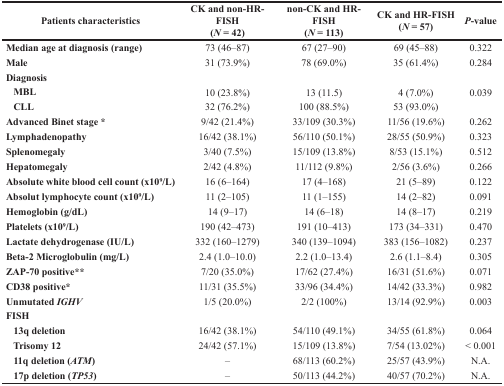
<table><thead><tr><td><b>Patients characteristics</b></td><td><b>CK and non-HR-FISH (<i>N</i> = 42)</b></td><td><b>non-CK and HR-FISH (<i>N</i> = 113)</b></td><td><b>CK and HR-FISH (<i>N</i> = 57)</b></td><td><b><i>P</i>-value</b></td></tr></thead><tbody><tr><td><b>Median age at diagnosis (range)</b></td><td>73 (46–87)</td><td>67 (27–90)</td><td>69 (45–88)</td><td>0.322</td></tr><tr><td><b>Male</b></td><td>31 (73.9%)</td><td>78 (69.0%)</td><td>35 (61.4%)</td><td>0.284</td></tr><tr><td><b>Diagnosis</b></td><td></td><td></td><td></td><td></td></tr><tr><td><b> MBL</b></td><td>10 (23.8%)</td><td>13 (11.5)</td><td>4 (7.0%)</td><td>0.039</td></tr><tr><td><b> CLL</b></td><td>32 (76.2%)</td><td>100 (88.5%)</td><td>53 (93.0%)</td><td></td></tr><tr><td><b>Advanced Binet stage</b> *</td><td>9/42 (21.4%)</td><td>33/109 (30.3%)</td><td>11/56 (19.6%)</td><td>0.262</td></tr><tr><td><b>Lymphadenopathy</b></td><td>16/42 (38.1%)</td><td>56/110 (50.1%)</td><td>28/55 (50.9%)</td><td>0.323</td></tr><tr><td><b>Splenomegaly</b></td><td>3/40 (7.5%)</td><td>15/109 (13.8%)</td><td>8/53 (15.1%)</td><td>0.512</td></tr><tr><td><b>Hepatomegaly</b></td><td>2/42 (4.8%)</td><td>11/112 (9.8%)</td><td>2/56 (3.6%)</td><td>0.266</td></tr><tr><td><b>Absolute white blood cell count (x10<sup>9</sup>/L)</b></td><td>16 (6–164)</td><td>17 (4–168)</td><td>21 (5–89)</td><td>0.122</td></tr><tr><td><b>Absolut lymphocyte count (x10<sup>9</sup>/L)</b></td><td>11 (2–105)</td><td>11 (1–155)</td><td>14 (2–82)</td><td>0.091</td></tr><tr><td><b>Hemoglobin (g/dL)</b></td><td>14 (9–17)</td><td>14 (6–18)</td><td>14 (8–17)</td><td>0.219</td></tr><tr><td><b>Platelets (x10<sup>9</sup>/L)</b></td><td>190 (42–473)</td><td>191 (10–413)</td><td>173 (34–331)</td><td>0.470</td></tr><tr><td><b>Lactate dehydrogenase (IU/L)</b></td><td>332 (160–1279)</td><td>340 (139–1094)</td><td>383 (156–1082)</td><td>0.237</td></tr><tr><td><b>Beta-2 Microglobulin (mg/L)</b></td><td>2.4 (1.0–10.0)</td><td>2.2 (1.0–13.4)</td><td>2.6 (1.1–8.4)</td><td>0.305</td></tr><tr><td><b>ZAP-70 positive*</b>*</td><td>7/20 (35.0%)</td><td>17/62 (27.4%)</td><td>16/31 (51.6%)</td><td>0.071</td></tr><tr><td><b>CD38 positive</b>*</td><td>11/31 (35.5%)</td><td>33/96 (34.4%)</td><td>14/42 (33.3%)</td><td>0.982</td></tr><tr><td><b>Unmutated</b><b><i>IGHV</i></b></td><td>1/5 (20.0%)</td><td>2/2 (100%)</td><td>13/14 (92.9%)</td><td>0.003</td></tr><tr><td><b>FISH</b></td><td></td><td></td><td></td><td></td></tr><tr><td><b> 13q deletion</b></td><td>16/42 (38.1%)</td><td>54/110 (49.1%)</td><td>34/55 (61.8%)</td><td>0.064</td></tr><tr><td><b> Trisomy 12</b></td><td>24/42 (57.1%)</td><td>15/109 (13.8%)</td><td>7/54 (13.02%)</td><td>&lt; 0.001</td></tr><tr><td><b> 11q deletion (</b><b><i>ATM</i></b>)</td><td>–</td><td>68/113 (60.2%)</td><td>25/57 (43.9%)</td><td>N.A.</td></tr><tr><td><b> 17p deletion (</b><b><i>TP53</i></b>)</td><td>–</td><td>50/113 (44.2%)</td><td>40/57 (70.2%)</td><td>N.A.</td></tr></tbody></table>